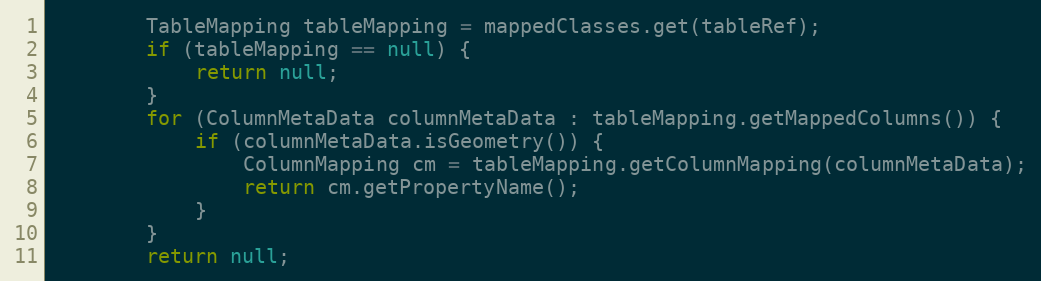
Language: Java
        TableMapping tableMapping = mappedClasses.get(tableRef);
        if (tableMapping == null) {
            return null;
        }
        for (ColumnMetaData columnMetaData : tableMapping.getMappedColumns()) {
            if (columnMetaData.isGeometry()) {
                ColumnMapping cm = tableMapping.getColumnMapping(columnMetaData);
                return cm.getPropertyName();
            }
        }
        return null;